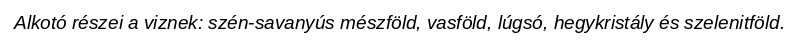
Alkotó részei a viznek: szén-savanyús mészföld, vasföld, lúgsó, hegykristály és szelenitföld.